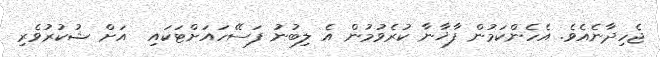
ޖެހިދާނެއެވެ. އެހެންކަމުން ފާޚާނާ ކުރެވުމުން އެ ލިބުނު ފަސޭހައަށްޓަކައި  އަށް ޝުކުރުވެރި